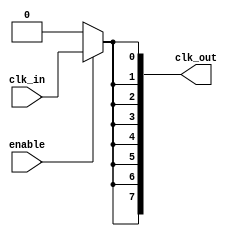
module HighFanoutClockBuffer (
    input wire clk_in,              // Clock input
    input wire enable,              // Enable signal for power management
    output wire [N-1:0] clk_out     // Array of clock outputs
);
    parameter N = 8;                // Number of outputs
    reg clk_buf;                    // Buffered clock signal

    // Input Stage: Simple clock buffer with enable functionality
    always @(*) begin
        if (enable) begin
            clk_buf = clk_in;       // Pass the clock signal when enabled
        end else begin
            clk_buf = 1'b0;         // Drive low when disabled
        end
    end

    // Output Stage: Driving multiple outputs with low skew
    genvar i;
    generate
        for (i = 0; i < N; i = i + 1) begin : clock_drivers
            assign clk_out[i] = clk_buf; // Drive each output with the buffered clock
        end
    endgenerate

endmodule